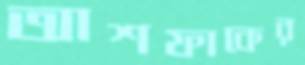
আশফাকের